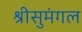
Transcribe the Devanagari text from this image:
श्रीसुमंगल